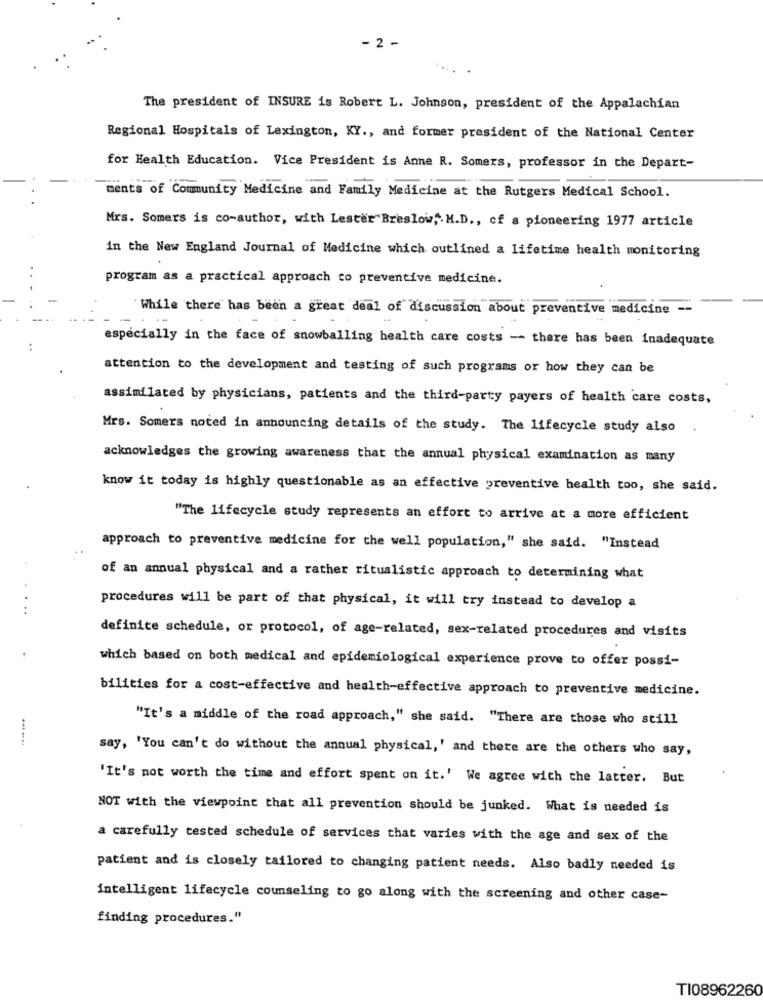
- 2 -
The president of INSURE is Robert L. Johnson, president of the Appalachian
Regional Hospitals of Lexington, KY ., and former president of the National Center
for Health Education. Vice President is Anne R. Somers, professor in the Depart-
....
ments of Community Medicine and Family Medicine at the Rutgers Medical School.
Mrs. Somers is co-author, with Lester"Breslow ,. M.D ., of a pioneering 1977 article
in the New England Journal of Medicine which outlined a lifetime health monitoring
program as a practical approach to preventive medicine.
While there has been a great deal of discussion about preventive medicine --
especially in the face of snowballing health care costs -- there has been inadequate
attention to the development and testing of such programs or how they can be
assimilated by physicians, patients and the third-party payers of health care costs,
Mrs. Somers noted in announcing details of the study. The lifecycle study also
acknowledges the growing awareness that the annual physical examination as many
know it today is highly questionable as an effective preventive health too, she said.
"The lifecycle study represents an effort to arrive at a more efficient
approach to preventive medicine for the well population," she said. "Instead
of an annual physical and a rather ritualistic approach to determining what
..
procedures will be part of that physical, it will try instead to develop a
definite schedule, or protocol, of age-related, sex-related procedures and visits
which based on both medical and epidemiological experience prove to offer possi-
bilities for a cost-effective and health-effective approach to preventive medicine.
"It's a middle of the road approach," she said. "There are those who still
say, 'You can't do without the annual physical,' and there are the others who say,
"It's not worth the time and effort spent on it.' We agree with the latter. But
NOT with the viewpoint that all prevention should be junked. What is needed is
a carefully tested schedule of services that varies with the age and sex of the
patient and is closely tailored to changing patient needs. Also badly needed is
intelligent lifecycle counseling to go along with the screening and other case-
finding procedures."
TI08962260